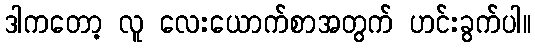
ဒါကတော့ လူ လေးယောက်စာအတွက် ဟင်းခွက်ပါ။